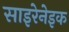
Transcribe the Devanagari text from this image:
साइरेनेइक